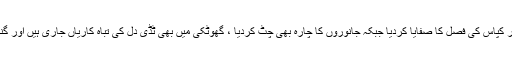
سانگھڑ کی 6 تحصیلوں میں ٹڈی دل نے لاکھوں ایکڑ پر کپاس کی فصل کا صفایا کردیا جبکہ جانوروں کا چارہ بھی چَٹ کردیا ، گھوٹکی میں بھی ٹڈی دل کی تباہ کاریاں جاری ہیں اور گنے، ٹماٹر، کپاس سمیت دیگر فصلوں کو نقصان پہنچایا ۔